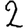
Digit: 2